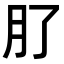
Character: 𭨥